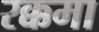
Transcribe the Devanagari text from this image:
रक्कमा